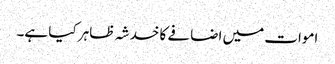
اموات میں اضافے کا خدشہ ظاہر کیا ہے۔